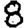
Digit: 8